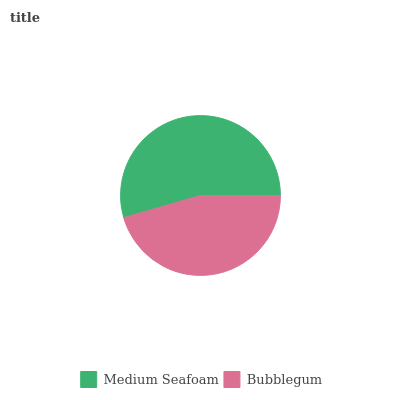
| Medium Seafoam | Bubblegum |
 | --- | --- |
 | 54.5% | 45.5% |